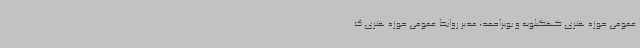
عمومی حوزه هنری کهگیلویه و بویراحمد، مدیر روابط عمومی حوزه هنری ک